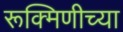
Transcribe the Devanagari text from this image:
रूक्मिणीच्या